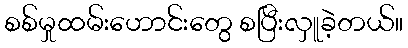
စစ်မှုထမ်းဟောင်းတွေ စပြီးလှူခဲ့တယ်။